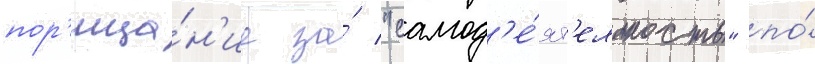
пор'ица́н'ие за́ "самод'е́ят'ельность" по́